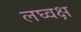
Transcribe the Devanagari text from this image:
लघ्वक्ष